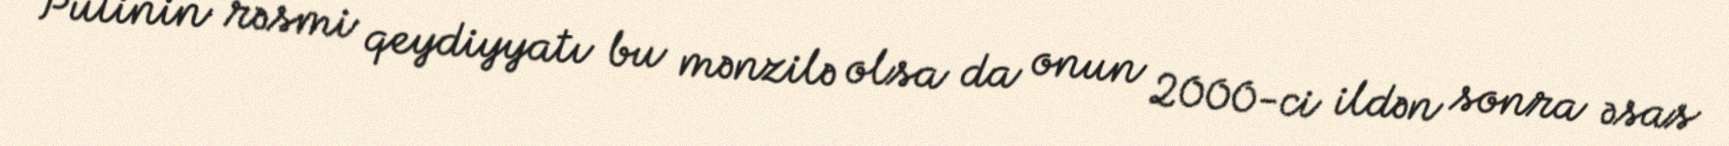
Putinin rəsmi qeydiyyatı bu mənzilə olsa da onun 2000-ci ildən sonra əsas